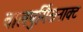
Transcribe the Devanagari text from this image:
वालपुर्गिसनाक्ट